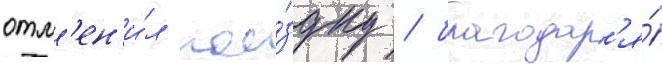
отм'ен'и́л пое́здку / благодар'я́